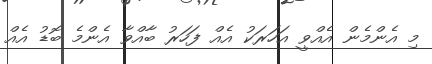
މި އެންމެން އެއްވީ އަހަރަކު އެއް ފަހަރު ބާއްވާ އެންމެ ބޮޑު އެއް